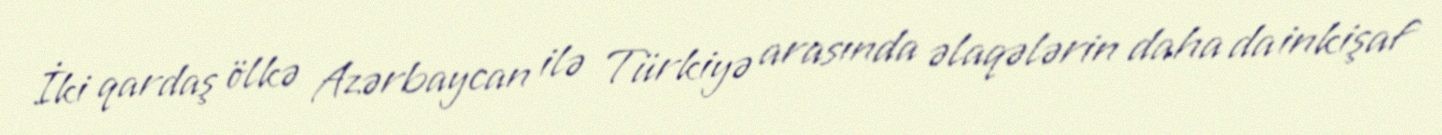
İki qardaş ölkə Azərbaycan ilə Türkiyə arasında əlaqələrin daha da inkişaf